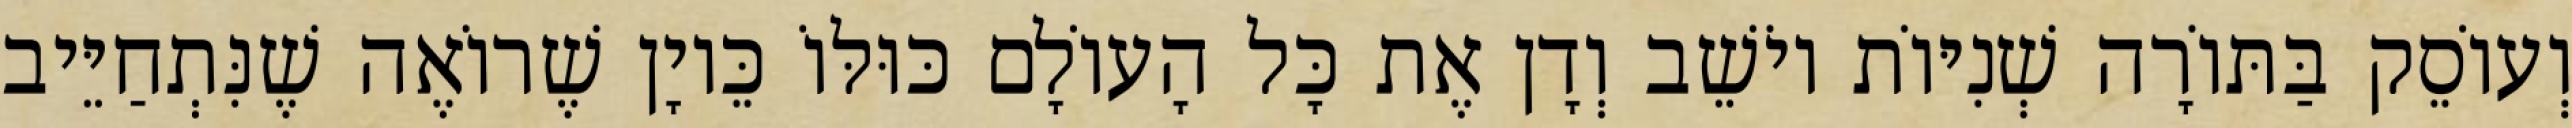
וְעוֹסֵק בַּתּוֹרָה שְׁנִיּוֹת יוֹשֵׁב וְדָן אֶת כָּל הָעוֹלָם כּוּלּוֹ כֵּיוָן שֶׁרוֹאֶה שֶׁנִּתְחַיֵּיב